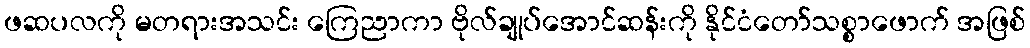
ဖဆပလကို မတရားအသင်း ကြေညာကာ ဗိုလ်ချုပ်အောင်ဆန်းကို နိုင်ငံတော်သစ္စာဖောက် အဖြစ်